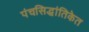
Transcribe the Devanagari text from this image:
पंचसिद्धांतिकेत